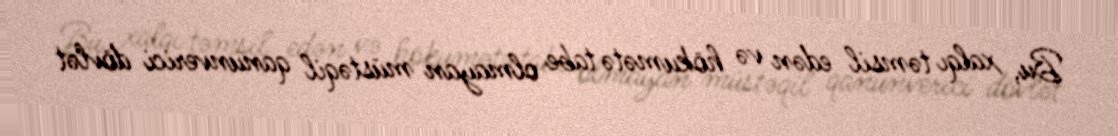
Bu, xalqı təmsil edən və hökumətə tabe olmayan müstəqil qanunverici dövlət